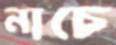
নাচে